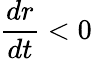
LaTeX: \frac{dr}{dt}<0